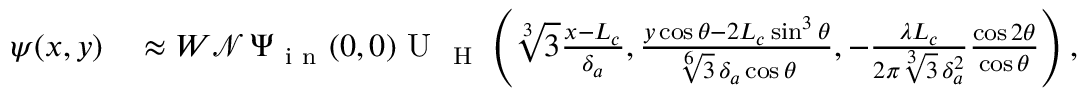
\begin{array} { r l } { \psi ( x , y ) } & { { } \approx W \mathcal { N } \, \Psi _ { \mathrm { ~ i ~ n ~ } } ( 0 , 0 ) \mathrm { ~ U ~ } _ { \mathrm { ~ H ~ } } \left( \sqrt [ 3 ] { 3 } \frac { x - L _ { c } } { \delta _ { a } } , \frac { y \cos \theta - 2 L _ { c } \sin ^ { 3 } \theta } { \sqrt [ 6 ] { 3 } \, \delta _ { a } \cos \theta } , - \frac { \lambda L _ { c } } { 2 \pi \sqrt [ 3 ] { 3 } \, \delta _ { a } ^ { 2 } } \frac { \cos 2 \theta } { \cos \theta } \right) , } \end{array}